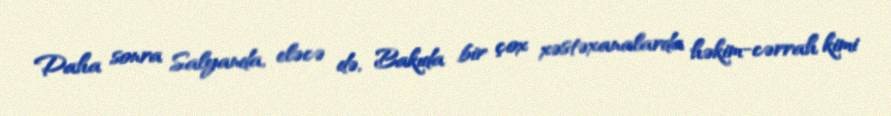
Daha sonra Salyanda, eləcə də, Bakıda bir çox xəstəxanalarda həkim-cərrah kimi